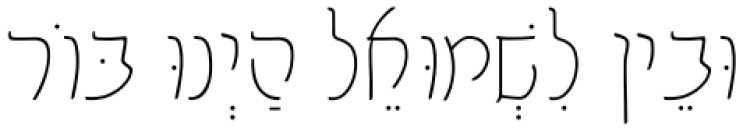
וּבֵין לִשְׁמוּאֵל הַיְנוּ בּוֹר